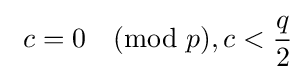
\ c=0{\pmod {p}},c<{\frac {q}{2}}